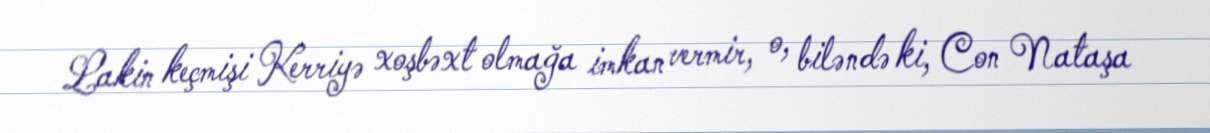
Lakin keçmişi Kerriyə xoşbəxt olmağa imkan vermir, o, biləndə ki, Con Nataşa